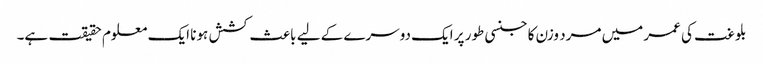
بلوغت کی عمر میں مرد وزن کا جنسی طور پر ایک دوسرے کے لیے باعث کشش ہونا ایک معلوم حقیقت ہے۔